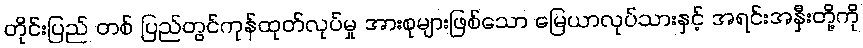
တိုင်းပြည် တစ် ပြည်တွင်ကုန်ထုတ်လုပ်မှု အားစုများဖြစ်သော မြေယာလုပ်သားနှင့် အရင်းအနှီးတို့ကို